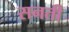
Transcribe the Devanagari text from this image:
सनती